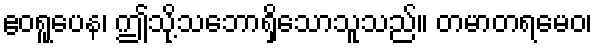
ဧဝရူပေန၊ ဤသို့သဘောရှိသောသူသည်။ တမာတရမေဝ၊